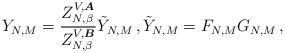
LaTeX: \begin{align*}Y_{N, M}=\frac{Z^{V,\boldsymbol{A}}_{N,\beta}}{Z^{V,\boldsymbol{B}}_{N,\beta}} \tilde{Y}_{N, M}\,, \tilde{Y}_{N, M}=F_{N,M}G_{N,M}\,,\end{align*}